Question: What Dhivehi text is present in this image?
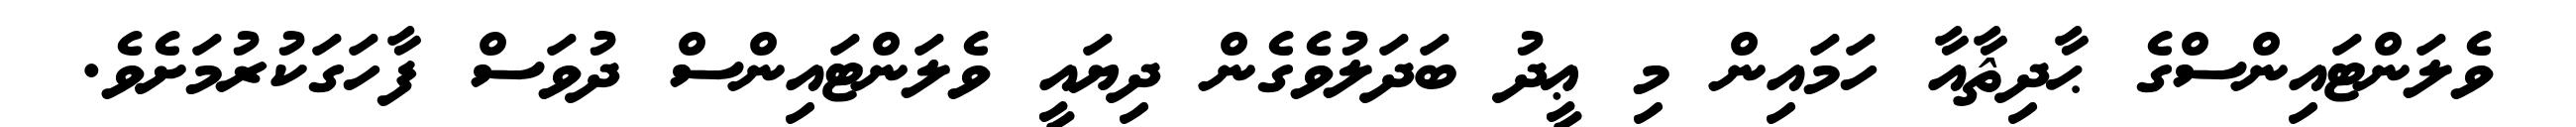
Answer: ވެލަންޓައިންސްގެ ޙާދިޘާއާ ހަމައިން މި ޢީދު ބަދަލުވެގެން ދިޔައީ ވެލަންޓައިންސް ދުވަސް ފާހަގަކުރުމަށެވެ.